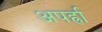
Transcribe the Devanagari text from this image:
अपर्ह्रा